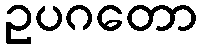
ဥပဂတော